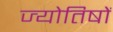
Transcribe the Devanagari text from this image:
ज्याेतिषाें